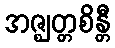
အဇ္ဈတ္တစိန္တီ